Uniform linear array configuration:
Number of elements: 16
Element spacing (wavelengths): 0.75
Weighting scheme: hamming
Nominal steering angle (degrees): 60
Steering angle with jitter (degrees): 60.31
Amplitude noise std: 0.05
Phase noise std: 0.05

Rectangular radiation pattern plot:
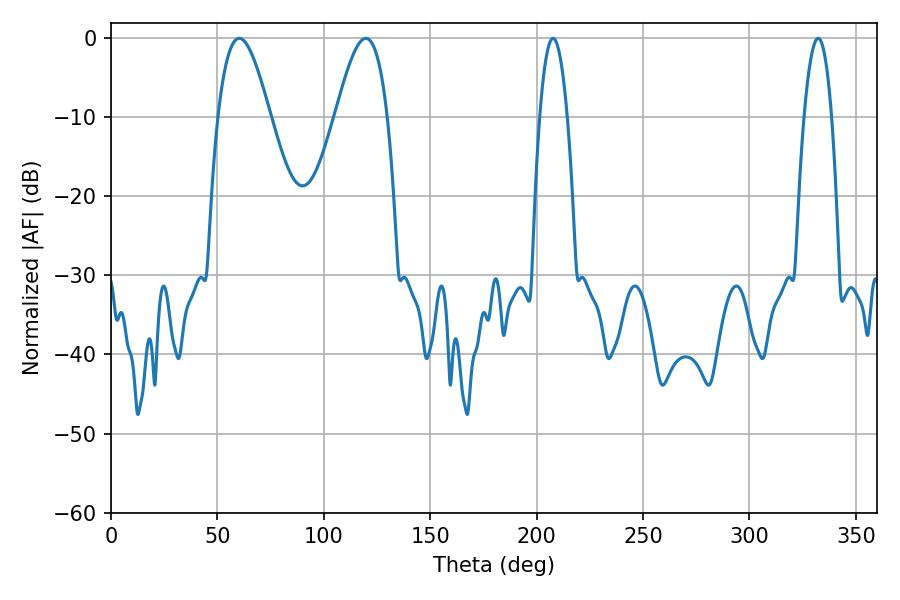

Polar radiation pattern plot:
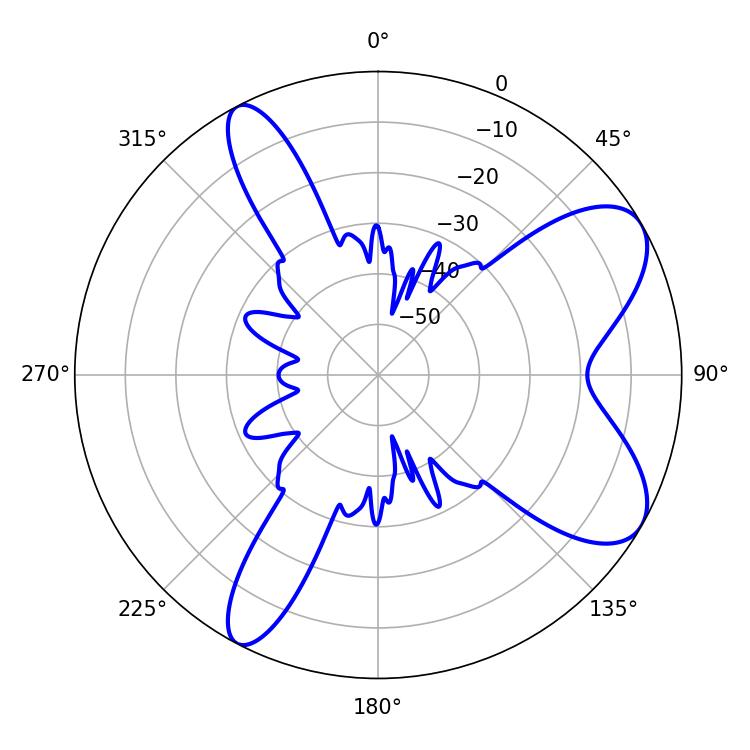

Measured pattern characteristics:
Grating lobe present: TRUE
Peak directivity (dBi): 7.937
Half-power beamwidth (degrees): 7.2
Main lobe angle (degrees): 207.72